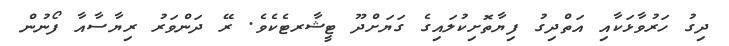
ދިގު ހަރުވާޅަކާއި އަތްދިގު ފިޔާތޮށިކުލައިގެ ގަޔަށްދޫ ޓީޝާރޓެކެވެ. ރޭ ދަންވަރު ރިޔާސާއާ ފޯނުން